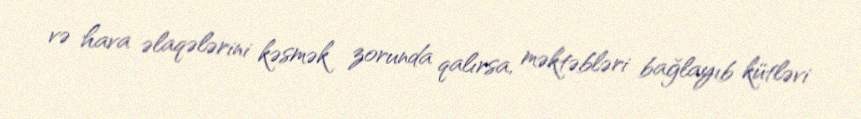
və hava əlaqələrini kəsmək zorunda qalırsa, məktəbləri bağlayıb kütləvi